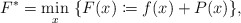
\begin{align*}F^*=\min_{x} \ \{F(x)\coloneqq f(x)+ P(x)\}, \end{align*}